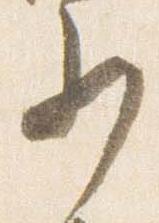
少